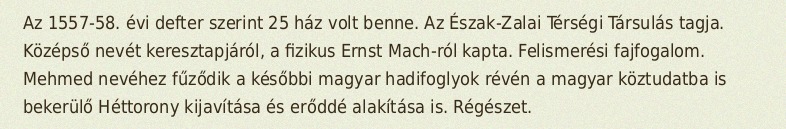
Az 1557-58. évi defter szerint 25 ház volt benne. Az Észak-Zalai Térségi Társulás tagja. Középső nevét keresztapjáról, a fizikus Ernst Mach-ról kapta. Felismerési fajfogalom. Mehmed nevéhez fűződik a későbbi magyar hadifoglyok révén a magyar köztudatba is bekerülő Héttorony kijavítása és erőddé alakítása is. Régészet.